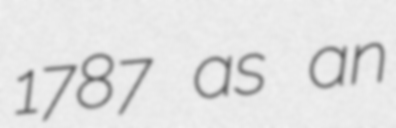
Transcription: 1787 as an